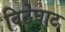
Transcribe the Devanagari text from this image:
विठेघाट